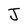
Character: J